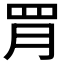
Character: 𦊈